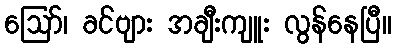
ဪ၊ ခင်ဗျား အချီးကျူး လွန်နေပြီ။